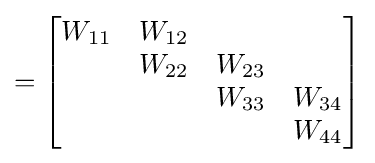
={\begin{bmatrix}W_{11}&W_{12}&&\\&W_{22}&W_{23}&\\&&W_{33}&W_{34}\\&&&W_{44}\\\end{bmatrix}}